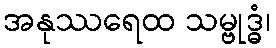
အနုဿရေထ သမ္ဗုဒ္ဓံ၊